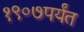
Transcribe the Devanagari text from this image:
१९०७पर्यंत